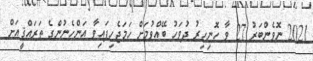
2021 ނޮވެންބަރު 27 ވާ ހޮނިހިރު ދުވަހު ބޭއްވުމަށް ހަމަޖެހިފައިވާ އަންހެނުންގެ ތަރައްޤީއަށް